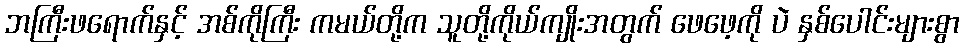
ဘကြီးဖရောက်နှင့် အစ်ကိုကြီး ကမယ်တို့က သူတို့ကိုယ်ကျိုးအတွက် ဖေဖေ့ကို ပဲ နှစ်ပေါင်းများစွာ